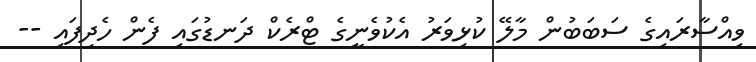
ވިއްސާރައިގެ ސަބަބުން މާލޭ ކުޅިވަރު އެކުވެނީގެ ޓްރެކް ދަނޑުގައި ފެން ހެދިފައި --